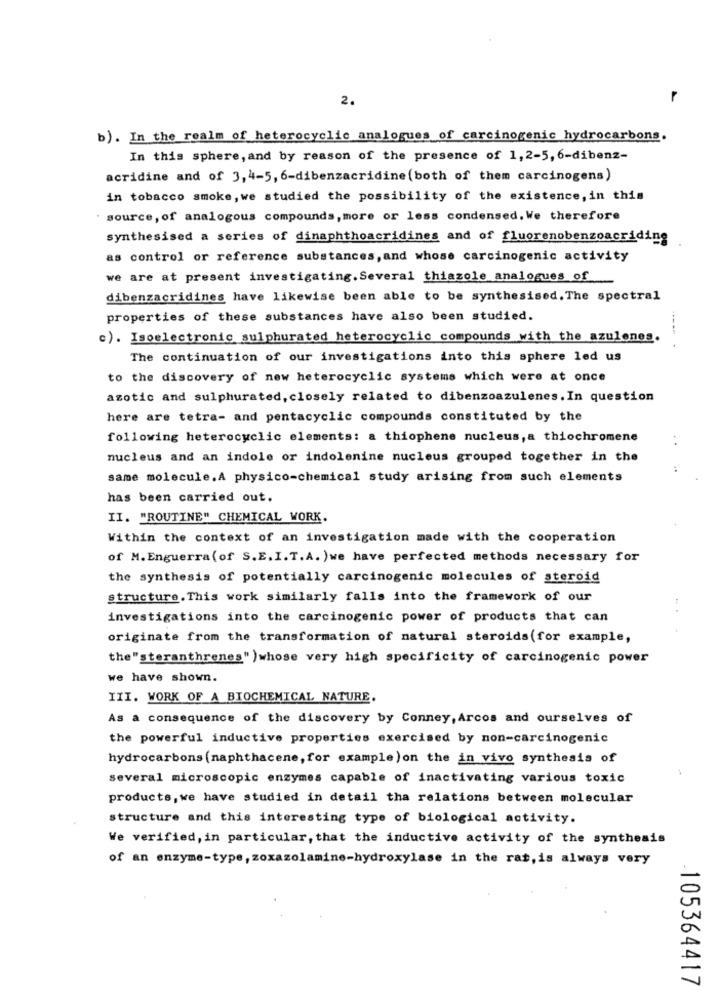
2.
b). In the realm of heterocyclic analogues of carcinogenic hydrocarbons.
In this sphere, and by reason of the presence of 1, 2-5, 6-dibenz-
acridine and of 3, 4-5, 6-dibenzacridine (both of them carcinogens)
in tobacco smoke, we studied the possibility of the existence, in this
. source, of analogous compounds, more or less condensed. We therefore
synthesised a series of dinaphthoacridines and of fluorenobenzoacriding
as control or reference substances, and whose carcinogenic activity
we are at present investigating. Several thiazole analogues of
dibenzacridines have likewise been able to be synthesised. The spectral
properties of these substances have also been studied.
c). Isoelectronic sulphurated heterocyclic compounds with the azulenes.
The continuation of our investigations into this sphere led us
to the discovery of new heterocyclic systems which were at once
azotic and sulphurated, closely related to dibenzoazulenes. In question
here are tetra- and pentacyclic compounds constituted by the
following heterocyclic elements: a thiophene nucleus,a thiochromene
nucleus and an indole or indolenine nucleus grouped together in the
same molecule. A physico-chemical study arising from such elements
has been carried out.
II. "ROUTINE" CHEMICAL WORK.
Within the context of an investigation made with the cooperation
of M. Enguerra ( of S.E. I. T.A. )we have perfected methods necessary for
the synthesis of potentially carcinogenic molecules of steroid
structure. This work similarly falls into the framework of our
investigations into the carcinogenic power of products that can
originate from the transformation of natural steroids(for example,
the"steranthrenes" ) whose very high specificity of carcinogenic power
we have shown.
III. WORK OF A BIOCHEMICAL NATURE.
As a consequence of the discovery by Conney, Arcos and ourselves of
the powerful inductive properties exercised by non-carcinogenic
hydrocarbons (naphthacene, for example)on the in vivo synthesis of
several microscopic enzymes capable of inactivating various toxic
products, we have studied in detail tha relations between molecular
structure and this interesting type of biological activity.
We verified, in particular, that the inductive activity of the synthesis
of an enzyme-type, zoxazolamine-hydroxylase in the rat, is always very
105364417